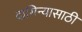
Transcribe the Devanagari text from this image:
दागिन्यासाठी